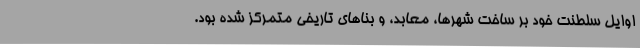
اوایل سلطنت خود بر ساخت شهرها، معابد، و بناهای تاریخی متمرکز شده بود.